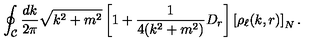
\oint _ { \cal C } \frac { d k } { 2 \pi } \sqrt { k ^ { 2 } + m ^ { 2 } } \left[ 1 + \frac { 1 } { 4 ( k ^ { 2 } + m ^ { 2 } ) } D _ { r } \right] \left[ \rho _ { \ell } ( k , r ) \right] _ { N } .